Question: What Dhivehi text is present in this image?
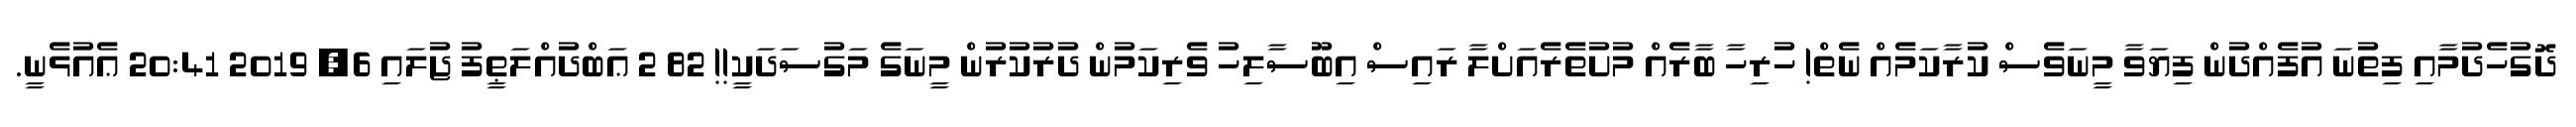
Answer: ދޮގުހެދުމާއި ފިތުނަ އުފެއްދުން ފިޔަވާ މީނަވެސް ކުރާކަމެއް ނެތް! ހުރިހާ ބާރެއް މުށުތެރެއަށްލާ ރައިސް އިބޫސާލިހު ވެރިކަމުން ދުރުކުރުން މީނަގެ މަގުސަދަކީ!! 82 2 ޢަބްދުއްލަޠީފު ޖުލައި 6, 2019 20:41 ޢެއުޅެނީ.